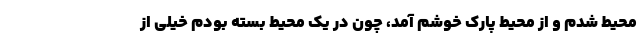
محیط شدم و از محیط پارک خوشم آمد، چون در یک محیط بسته بودم خیلی از